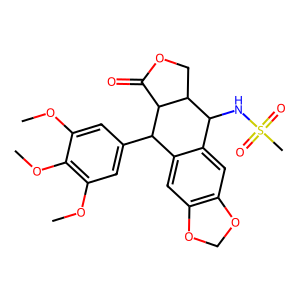
SMILES: COc1cc(C2c3cc4c(cc3C(NS(C)(=O)=O)C3COC(=O)C23)OCO4)cc(OC)c1OC
Inhibits HIV replication: No